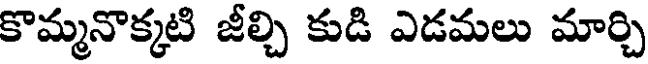
కొమ్మనొక్కటి జీల్చి కుడి ఎడమలు మార్చి